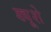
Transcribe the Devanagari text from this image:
ड्यूशे